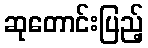
ဆုတောင်းပြည့်